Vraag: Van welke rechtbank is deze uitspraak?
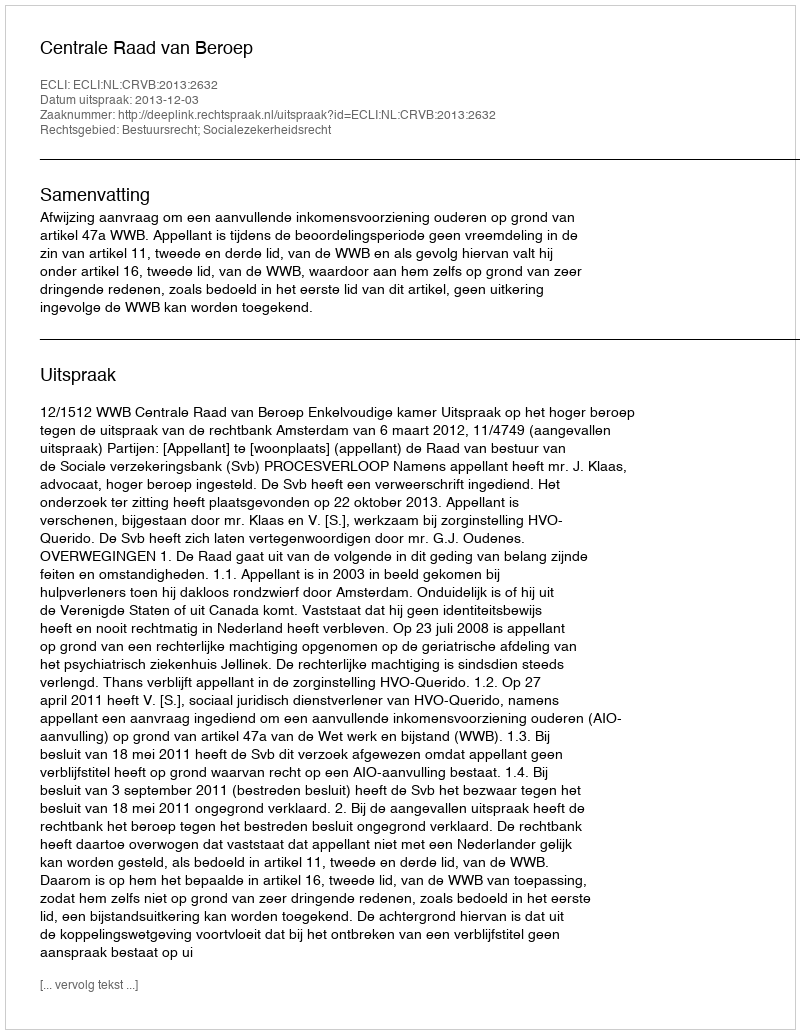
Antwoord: Centrale Raad van Beroep